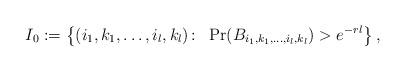
LaTeX: \begin{align*}I_{0}:=\left\{(i_1,k_1,\ldots,i_l,k_l)\colon\ \Pr(B_{i_1,k_1,\ldots,i_l,k_l})> e^{-rl}\right\},\end{align*}